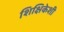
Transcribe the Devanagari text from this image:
शिक्षिकेशी